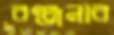
রঞ্জনার